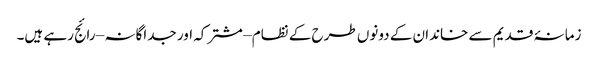
زمانۂ قدیم سے خاندان کے دونوں طرح کے نظام – مشترکہ اور جداگانہ – رائج رہے ہیں۔